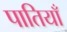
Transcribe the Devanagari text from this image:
पातियाँ